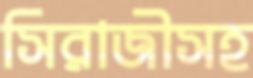
সিরাজীসহ